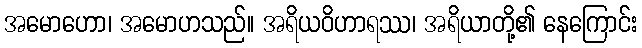
အမောဟော၊ အမောဟသည်။ အရိယဝိဟာရဿ၊ အရိယာတို့၏ နေကြောင်း